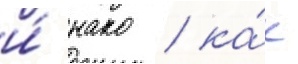
и́ нако / ка́к